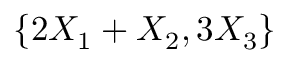
\{ 2 X _ { 1 } + X _ { 2 } , 3 X _ { 3 } \}